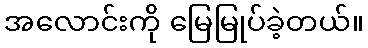
အလောင်းကို မြေမြုပ်ခဲ့တယ်။